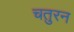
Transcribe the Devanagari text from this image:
चतुरन